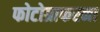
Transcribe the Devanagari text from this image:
फोटोग्राफरना